Indian journal of veterinary science and animal husbandry - Volumes 18-21, 1948-1951
Year: 1948
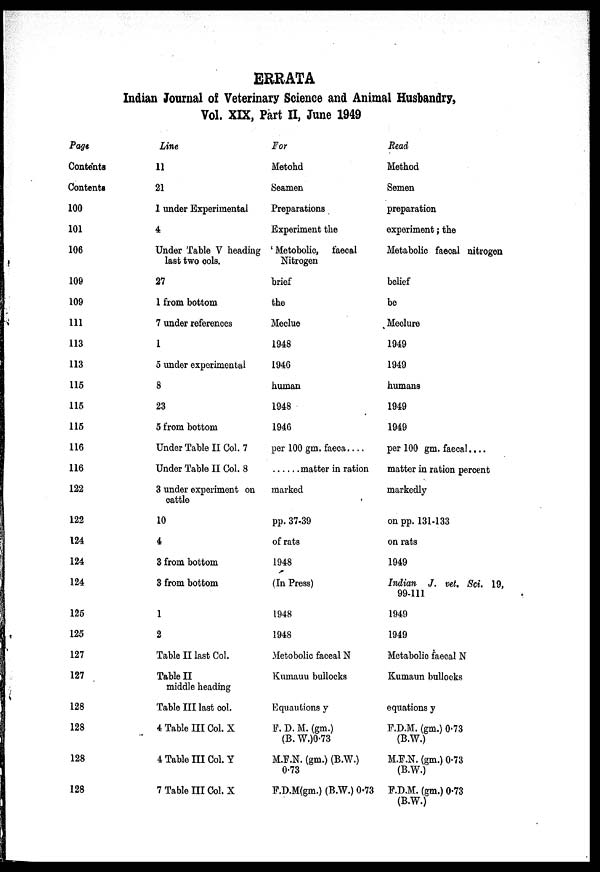
ERRATA
Indian Journal of Veterinary Science and Animal Husbandry,
Vol. XIX, Part II, June 1949
Page
Contents
Contents
100
101
106
109
109
111
113
113
115
115
115
116
116
122
122
124
124
124
125
125
127
127
128
128
128
128
Line
11
21
1 under Experimental
4
Under Table V heading
last two cols.
27
1 from bottom
7 under references
1
5 under experimental
8
23
5 from bottom
Under Table II Col. 7
Under Table II Col. 8
3 under experiment on
cattle
10
4
3 from bottom
3 from bottom
1
2
Table II last Col.
Table II
middle heading
Table III last col.
4 Table III Col. X
4 Table III Col. Y
7 Table III Col. X
For
Metohd
Seamen
Preparations
Experiment the
Metobolic,
faecal
Nitrogen
brief
the
Meclue
1948
1946
human
1948
1946
per 100 gm. faeca . . . .
...... matter in reaction
marked
pp. 37-39
of rats
1948
(In Press)
1948
1948
Metobolic faceal N
Kumauu bullocks
Equautions y
F. D. M. (gm.)
(B. W.)0.73
M.F.N. (gm.) (B.W.)
0.73
F.D.M(gm.) (B.W.) 0.73
Read
Method
Semen
preparation
experiment; the
Metabolic faecal nitrogen
belief
be
Meclure
1949
1949
humans
1949
1949
per 100 gm. faecal . . . .
matter in ration percent
markedly
on pp. 131-133
on rats
1949
Indian
J. vet. Sci. 19,
99-111
1949
1949
Metabolio faecal N
Kumaun bullocks
equations y
F.D.M. (gm.) 0.73
(B.W.)
M.F.N. (gm.) 0.73
(B.W.)
F.D.M. (gm.) 0.73
(B.W.)